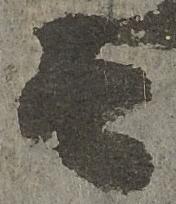
而